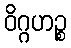
ဝိဂ္ဂဟဉ္စ